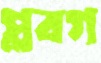
প্লবগ